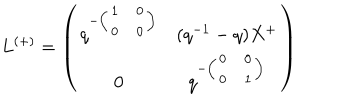
L ^ { ( + ) } = \left( \begin{array} { c c } { { q ^ { - \left( \begin{array} { c c } { { 1 } } & { { 0 } } \\ { { 0 } } & { { 0 } } \\ \end{array} \right) } } } & { { ( q ^ { - 1 } - q ) X ^ { + } } } \\ { { 0 } } & { { q ^ { - \left( \begin{array} { c c } { { 0 } } & { { 0 } } \\ { { 0 } } & { { 1 } } \\ \end{array} \right) } } } \\ \end{array} \right)